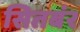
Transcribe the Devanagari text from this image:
सितबंर